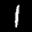
Digit: 1